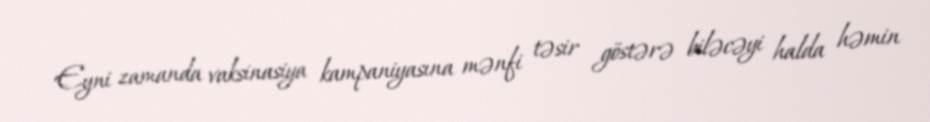
Eyni zamanda vaksinasiya kampaniyasına mənfi təsir göstərə biləcəyi halda həmin